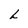
Character: L